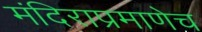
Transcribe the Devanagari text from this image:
मंदिराप्रमाणेच